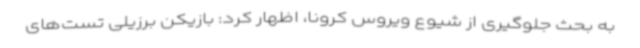
به بحث جلوگیری از شیوع ویروس کرونا، اظهار کرد: بازیکن برزیلی تست‌های